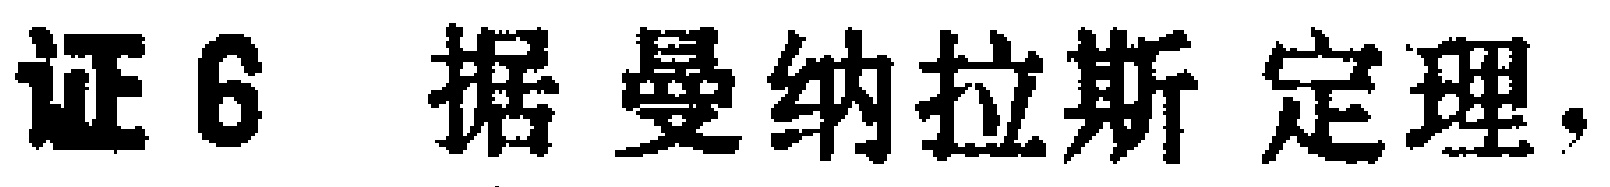
证6 据 曼纳拉斯 定理，